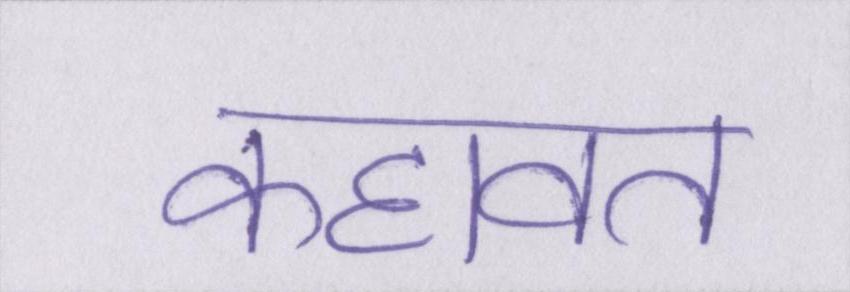
कहावत